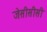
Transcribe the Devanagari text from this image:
जेसीसीसी